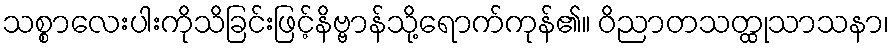
သစ္စာလေးပါးကိုသိခြင်းဖြင့်နိဗ္ဗာန်သို့ရောက်ကုန်၏။ ဝိညာတသတ္ထုသာသနာ၊